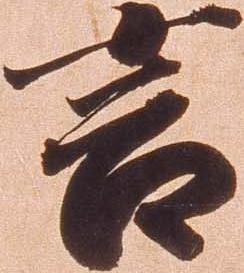
言